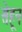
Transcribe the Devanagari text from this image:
सेहून